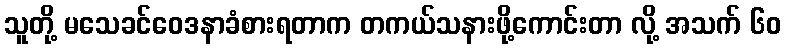
သူတို့ မသေခင်ဝေဒနာခံစားရတာက တကယ်သနားဖို့ကောင်းတာ လို့ အသက် ၆၀